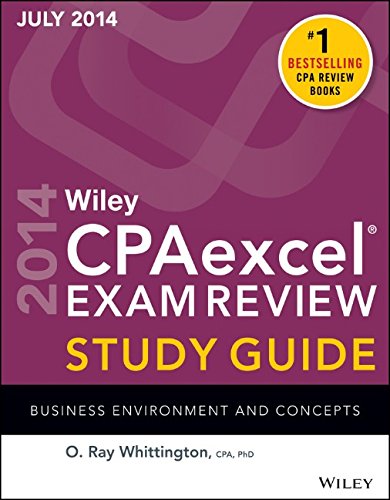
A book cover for Wiley CPAexcel Exam Review Spring 2014 Study Guide: Business Environment and Concepts (Wiley Cpa Exam Review); O. Ray Whittington; Test Preparation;